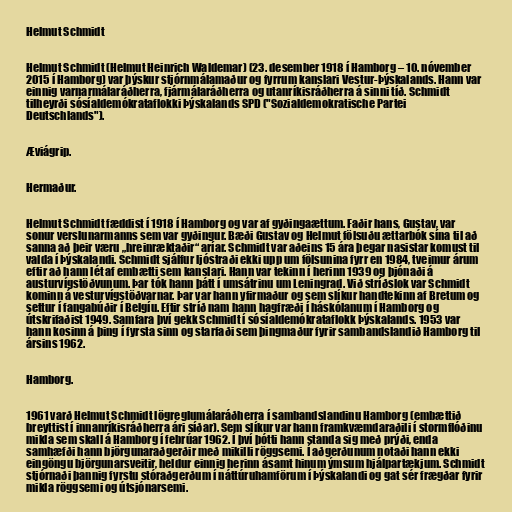
Helmut Schmidt

Helmut Schmidt (Helmut Heinrich Waldemar) (23. desember 1918 í Hamborg – 10. nóvember
2015 í Hamborg) var þýskur stjórnmálamaður og fyrrum kanslari Vestur-Þýskalands. Hann var
einnig varnarmálaráðherra, fjármálaráðherra og utanríkisráðherra á sinni tíð. Schmidt
tilheyrði sósíaldemókrataflokki Þýskalands SPD ("Sozialdemokratische Partei
Deutschlands").

Æviágrip.

Hermaður.

Helmut Schmidt fæddist í 1918 í Hamborg og var af gyðingaættum. Faðir hans, Gustav, var
sonur verslunarmanns sem var gyðingur. Bæði Gustav og Helmut fölsuðu ættarbók sína til að
sanna að þeir væru „hreinræktaðir“ aríar. Schmidt var aðeins 15 ára þegar nasistar komust til
valda í Þýskalandi. Schmidt sjálfur ljóstraði ekki upp um fölsunina fyrr en 1984, tveimur árum
eftir að hann lét af embætti sem kanslari. Hann var tekinn í herinn 1939 og þjónaði á
austurvígstöðvunum. Þar tók hann þátt í umsátrinu um Leningrad. Við stríðslok var Schmidt
kominn á vesturvígstöðvarnar. Þar var hann yfirmaður og sem slíkur handtekinn af Bretum og
settur í fangabúðir í Belgíu. Eftir stríð nam hann hagfræði í háskólanum í Hamborg og
útskrifaðist 1949. Samfara því gekk Schmidt í sósíaldemókrataflokk Þýskalands. 1953 var
hann kosinn á þing í fyrsta sinn og starfaði sem þingmaður fyrir sambandslandið Hamborg til
ársins 1962.

Hamborg.

1961 varð Helmut Schmidt lögreglumálaráðherra í sambandslandinu Hamborg (embættið
breyttist í innanríkisráðherra ári síðar). Sem slíkur var hann framkvæmdaraðili í stormflóðinu
mikla sem skall á Hamborg í febrúar 1962. Í því þótti hann standa sig með prýði, enda
samhæfði hann björgunaraðgerðir með mikilli röggsemi. Í aðgerðunum notaði hann ekki
eingöngu björgunarsveitir, heldur einnig herinn ásamt hinum ýmsum hjálpartækjum. Schmidt
stjórnaði þannig fyrstu stóraðgerðum í náttúruhamförum í Þýskalandi og gat sér frægðar fyrir
mikla röggsemi og útsjónarsemi.